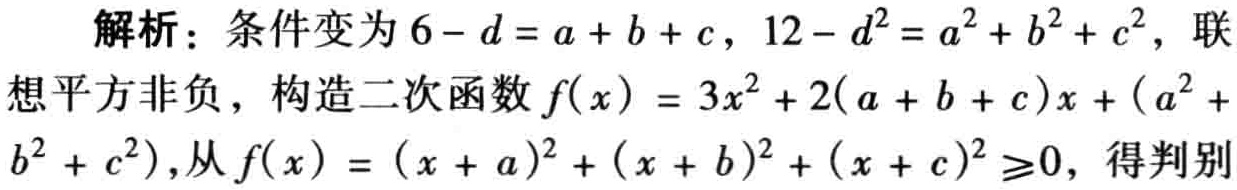
解析：条件变为\(6 - d = a + b + c\)，\(12 - d^{2} = a^{2} + b^{2} + c^{2}\)，联想平方非负，构造二次函数\(f(x)=3x^{2}+2(a + b + c)x+(a^{2}+b^{2}+c^{2})\)，从\(f(x)=(x + a)^{2}+(x + b)^{2}+(x + c)^{2}\geq0\)，得判别